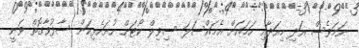
ނަމަވެސް އަދި މިއަދާއި ހަމައަށް އެމައްސަލަ ސިވިލް ކޯޓަށް ހުށަހެޅިކަން ސާފުވާގޮތް ވަނީ